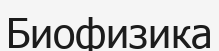
Биофизика